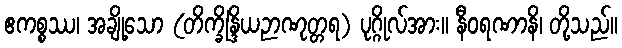
ဧကစ္စဿ၊ အချို့သော (တိက္ခိန္ဒြိယဉာဏုတ္တရ) ပုဂ္ဂိုလ်အား။ နီဝရဏာနိ၊ တို့သည်။